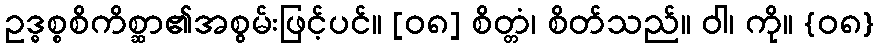
ဥဒ္ဓစ္စစိကိစ္ဆာ၏အစွမ်းဖြင့်ပင်။ [၀၈] စိတ္တံ၊ စိတ်သည်။ ဝါ၊ ကို။ {၀၈}